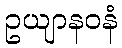
ဥယျာနဝနံ